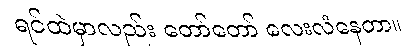
ရင်ထဲမှာလည်း တော်တော် လေးလံနေတာ။